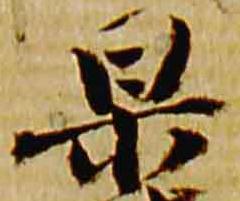
杲